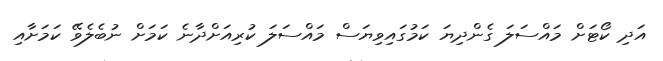
އަދި ކޯޓަށް މައްސަލަ ގެންދިޔަ ކަމުގައިވިޔަސް މައްސަލަ ކުރިއަށްދާނެ ކަމަށް ނުބެލެވޭ ކަމަށާއި